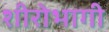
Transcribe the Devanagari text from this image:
शीरोभागी